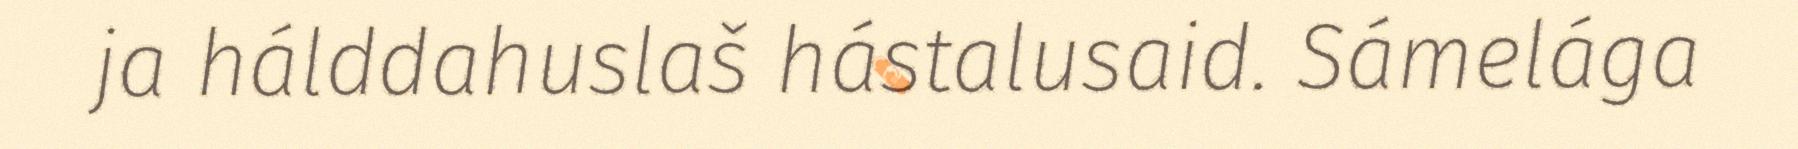
ja hálddahuslaš hástalusaid. Sámelága